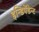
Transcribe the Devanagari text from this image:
इन्डिपेंडेन्ट